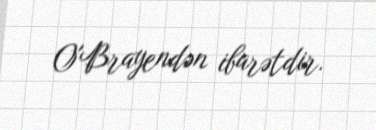
O'Brayendən ibarətdir.